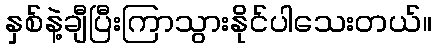
နှစ်နဲ့ချီပြီးကြာသွားနိုင်ပါသေးတယ်။